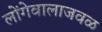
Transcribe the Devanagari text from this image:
लोंगेवालाजवळ